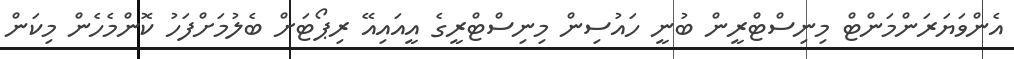
އެންވަޔަރަންމަންޓް މިނިސްޓްރީން ބުނީ ހައުސިން މިނިސްޓްރީގެ އީއައިއޭ ރިޕޯޓަށް ބެލުމަށްފަހު ކޮންމެހެން މިކަން